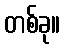
တစ်ခု။